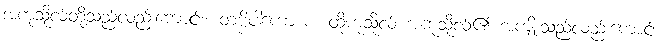
အကုသိုလ်တို့သည်လည်းကောင်း။ တဗ္ဗိပါကော စ၊ ထိုကုသိုလ် အကုသိုလ်၏ အကျိုးသည်လည်းကောင်း။